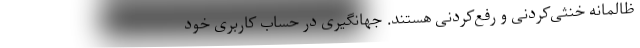
ظالمانه خنثی‌کردنی و رفع‌کردنی هستند. جهانگیری در حساب کاربری خود